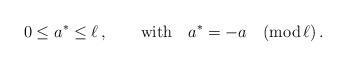
LaTeX: \begin{align*}0\leq a^*\leq \ell\,, \qquad \hbox{with} \quad a^* =-a \quad (\hbox{mod} \, \ell)\,.\end{align*}